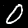
Label: 0